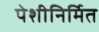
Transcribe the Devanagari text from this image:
पेशीनिर्मित